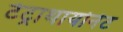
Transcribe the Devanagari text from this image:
टेट्राथायोनेट